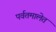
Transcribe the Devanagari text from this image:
पर्वतमालेत